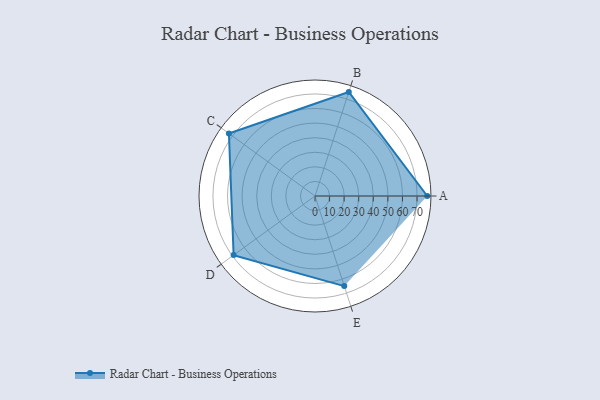
{"axis": {"x": "Skill", "y": "Score"}, "legend": ["Profile"], "data": [{"x": "A", "y": 77.0, "type": "Profile"}, {"x": "B", "y": 75.0, "type": "Profile"}, {"x": "C", "y": 73.0, "type": "Profile"}, {"x": "D", "y": 69.0, "type": "Profile"}, {"x": "E", "y": 65.0, "type": "Profile"}]}